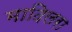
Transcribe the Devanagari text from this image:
मादिलरा